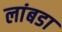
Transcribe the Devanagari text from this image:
लांबडा